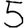
Digit: 5